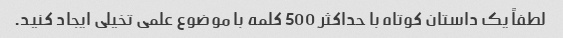
لطفاً یک داستان کوتاه با حداکثر 500 کلمه با موضوع علمی تخیلی ایجاد کنید.